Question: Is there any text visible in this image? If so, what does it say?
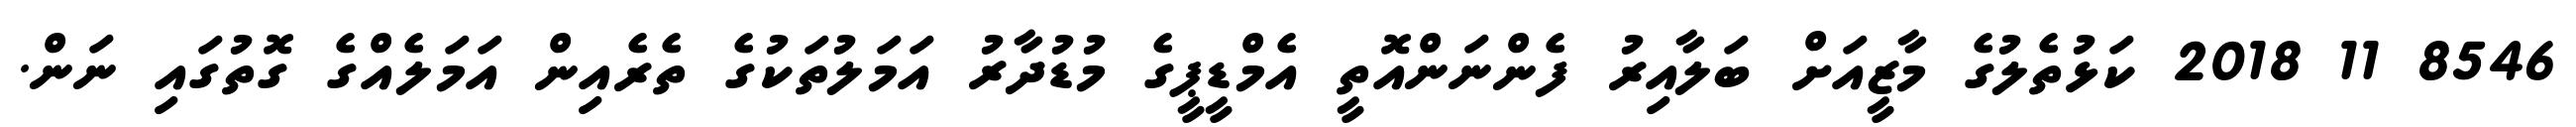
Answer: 8546 11 2018 ކަޅުތެލުގެ މާޒީއަށް ބަލާއިރު ފެންނަންއޮތީ އެމްޑީޕީގެ މުޑުދާރު އަމަލުތަކުގެ ތެރެއިން އަމަލެއްގެ ގޮތުގައި ނަން.